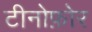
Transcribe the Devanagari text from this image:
टीनोफ़ोर